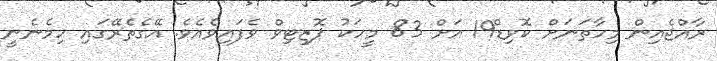
ރާއްޖެއިން މިހާތަނަށް ކޮވިޑް19 އަށް 83 މީހަކު ޕޮޒިޓިވް ވެފައިވެއެވެ. އޭގެތެރޭގައި ހިމެނެނީ